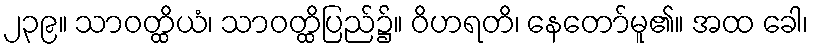
၂၃၉။ သာဝတ္ထိယံ၊ သာဝတ္ထိပြည်၌။ ဝိဟရတိ၊ နေတော်မူ၏။ အထ ခေါ၊